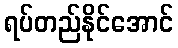
ရပ်တည်နိုင်အောင်